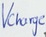
Text: Vcharge